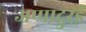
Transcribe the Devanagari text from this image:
अप्पादुरई